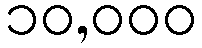
၁၀,၀၀၀